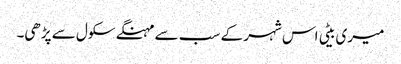
میری بیٹی اس شہر کے سب سے مہنگے سکول سے پڑھی۔